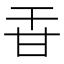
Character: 𤮻